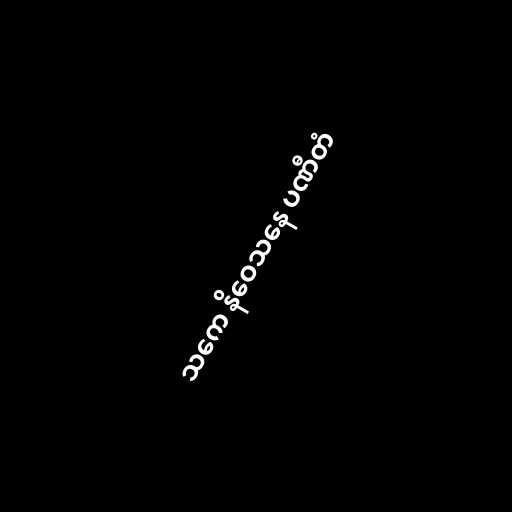
သကေ နိဝေသနေ ပဏီတံ